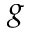
g